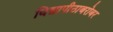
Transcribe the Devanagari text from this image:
विद्यापीठाबरोबर